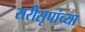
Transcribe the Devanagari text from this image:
सरीसृपांच्या